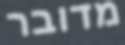
מדובר